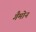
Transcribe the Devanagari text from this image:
गैमोन